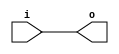
// This program was cloned from: https://github.com/chipsalliance/synlig
// License: Apache License 2.0

/* Generated by Yosys 0.27+9 (git sha1 101d19bb6, gcc 11.2.0-7ubuntu2 -fPIC -Os) */

(* top =  1  *)

module bsg_clkbuf(i, o);
  
  input [15:0] i;
  wire [15:0] i;
  
  output [15:0] o;
  wire [15:0] o;
  assign o = i;
endmodule